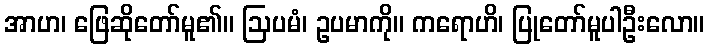
အာဟ၊ ဖြေဆိုတော်မူ၏။ ဩပမံ၊ ဥပမာကို။ ကရောဟိ၊ ပြုတော်မူပါဦးလော။